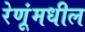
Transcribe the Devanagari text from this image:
रेणूंमधील